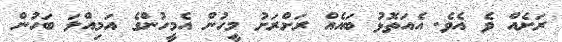
ރަށެއް ވެ އެވެ. އެއަތޮޅު ބައެއް ރަށްރަށު މީހުން އެމީހުންގެ އަމިއްލަ ބަހުން